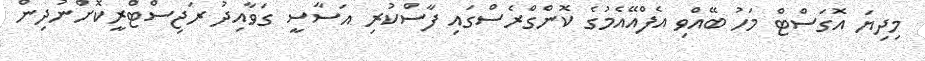
މިދިޔަ އޮގަސްޓް މަހު ބޭއްވި އެފްއޭއެމުގެ ކޮންގްރެސްގައި ފާސްކުރި އަސާސީ ގަވާއިދު ރަޖިސްޓްރީކޮށްނުދިން